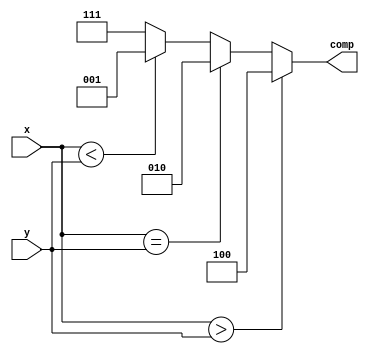
module n_bit_comparator(comp,x,y);

parameter N=2;

input [N-1:0] x,y;
output reg [2:0] comp;

initial
	comp = 3'b0;

always @ (x or y)
	if (x>y) comp = 3'b100;
	else if (x == y) comp = 3'b010;
	else if (x<y) comp = 3'b001;
	else comp = 3'b111;
endmodule

`timescale 1ns/1ps
module twobitcomp_tb (sw, led);
input [3:0] sw;
output [2:0] led;
n_bit_comparator UUT(.comp(led),.x(sw[3:2]),.y(sw[1:0]));
endmodule